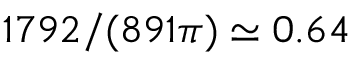
{ \displaystyle 1 7 9 2 / ( 8 9 1 \pi ) \simeq 0 . 6 4 }